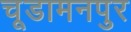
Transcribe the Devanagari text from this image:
चूडामनपुर